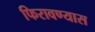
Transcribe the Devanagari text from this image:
फिरावण्यास